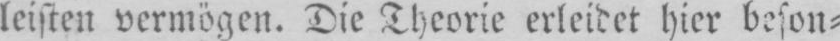
leisten vermögen. Die Theorie erleidet hier beson⸗